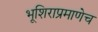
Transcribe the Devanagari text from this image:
भूशिराप्रमाणेच